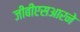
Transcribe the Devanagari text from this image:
जीबीएसआरने